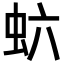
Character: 𬟻